Indian journal of veterinary science and animal husbandry - Volumes 18-21, 1948-1951
Year: 1948
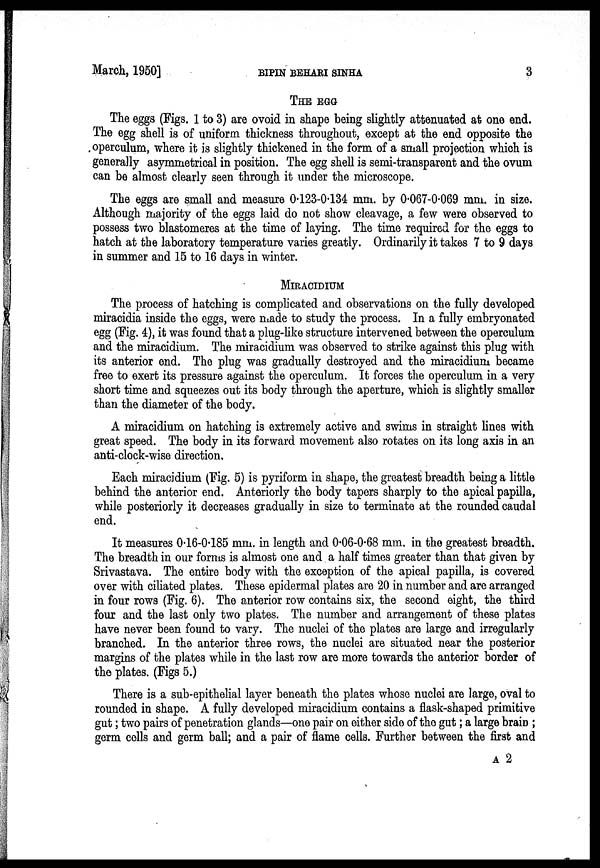
March, 1950]
BIPIN
BEHARI
SINHA
3
THE EGG
The eggs (Figs. 1 to 3) are ovoid in shape being slightly attenuated at one end.
The egg shell is of uniform thickness throughout, except at the end opposite the
operculum, where it is slightly thickened in the form of a small projection which is
generally asymmetrical in position. The egg shell is semi-transparent and the ovum
can be almost clearly seen through it under the microscope.
The eggs are small and measure 0.123-0.134 mm. by 0.067-0.069 mm. in size.
Although majority of the eggs laid do not show cleavage, a few were observed to
possess two blastomeres at the time of laying. The time required for the eggs to
hatch at the laboratory temperature varies greatly. Ordinarily it takes 7 to 9 days
in summer and 15 to 16 days in winter.
MIRACIDIUM
The process of hatching is complicated and observations on the fully developed
miracidia inside the eggs, were made to study the process. In a fully embryonated
egg (Fig. 4), it was found that a plug-like structure intervened between the operculum
and the miracidium. The miracidium was observed to strike against this plug with
its anterior end. The plug was gradually destroyed and the miracidium became
free to exert its pressure against the operculum. It forces the operculum in a very
short time and squeezes out its body through the aperture, which is slightly smaller
than the diameter of the body.
A miracidium on hatching is extremely active and swims in straight lines with
great speed. The body in its forward movement also rotates on its long axis in an
anti-clock-wise direction.
Each miracidium (Fig. 5) is pyriform in shape, the greatest breadth being a little
behind the anterior end. Anteriorly the body tapers sharply to the apical papilla,
while posteriorly it decreases gradually in size to terminate at the rounded caudal
end.
It measures 0.16-0.185 mm. in length and 0.06-0.68 mm. in the greatest breadth.
The breadth in our forms is almost one and a half times greater than that given by
Srivastava. The entire body with the exception of the apical papilla, is covered
over with ciliated plates. These epidermal plates are 20 in number and are arranged
in four rows (Fig. 6). The anterior row contains six, the second eight, the third
four and the last only two plates. The number and arrangement of these plates
have never been found to vary. The nuclei of the plates are large and irregularly
branched. In the anterior three rows, the nuclei are situated near the posterior
margins of the plates while in the last row are more towards the anterior border of
the plates. (Figs 5.)
There is a sub-epithelial layer beneath the plates whose nuclei are large, oval to
rounded in shape. A fully developed miracidium contains a flask-shaped primitive
gut; two pairs of penetration glands—one pair on either side of the gut; a large brain;
germ cells and germ ball; and a pair of flame cells. Further between the first and
A 2